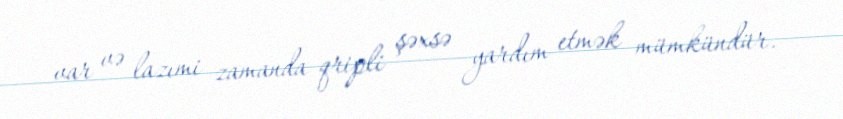
var və lazımi zamanda qripli şəxsə yardım etmək mümkündür.